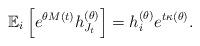
LaTeX: \begin{align*}\mathbb{E}_i\left[ e^{\theta M(t)}h_{J_t}^{(\theta)} \right] = h_i^{(\theta)}e^{t\kappa(\theta)}.\end{align*}